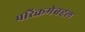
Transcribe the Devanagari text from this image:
परिक्रमेबद्दल